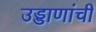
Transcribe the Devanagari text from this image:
उड्डाणांची